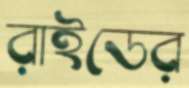
রাইডের